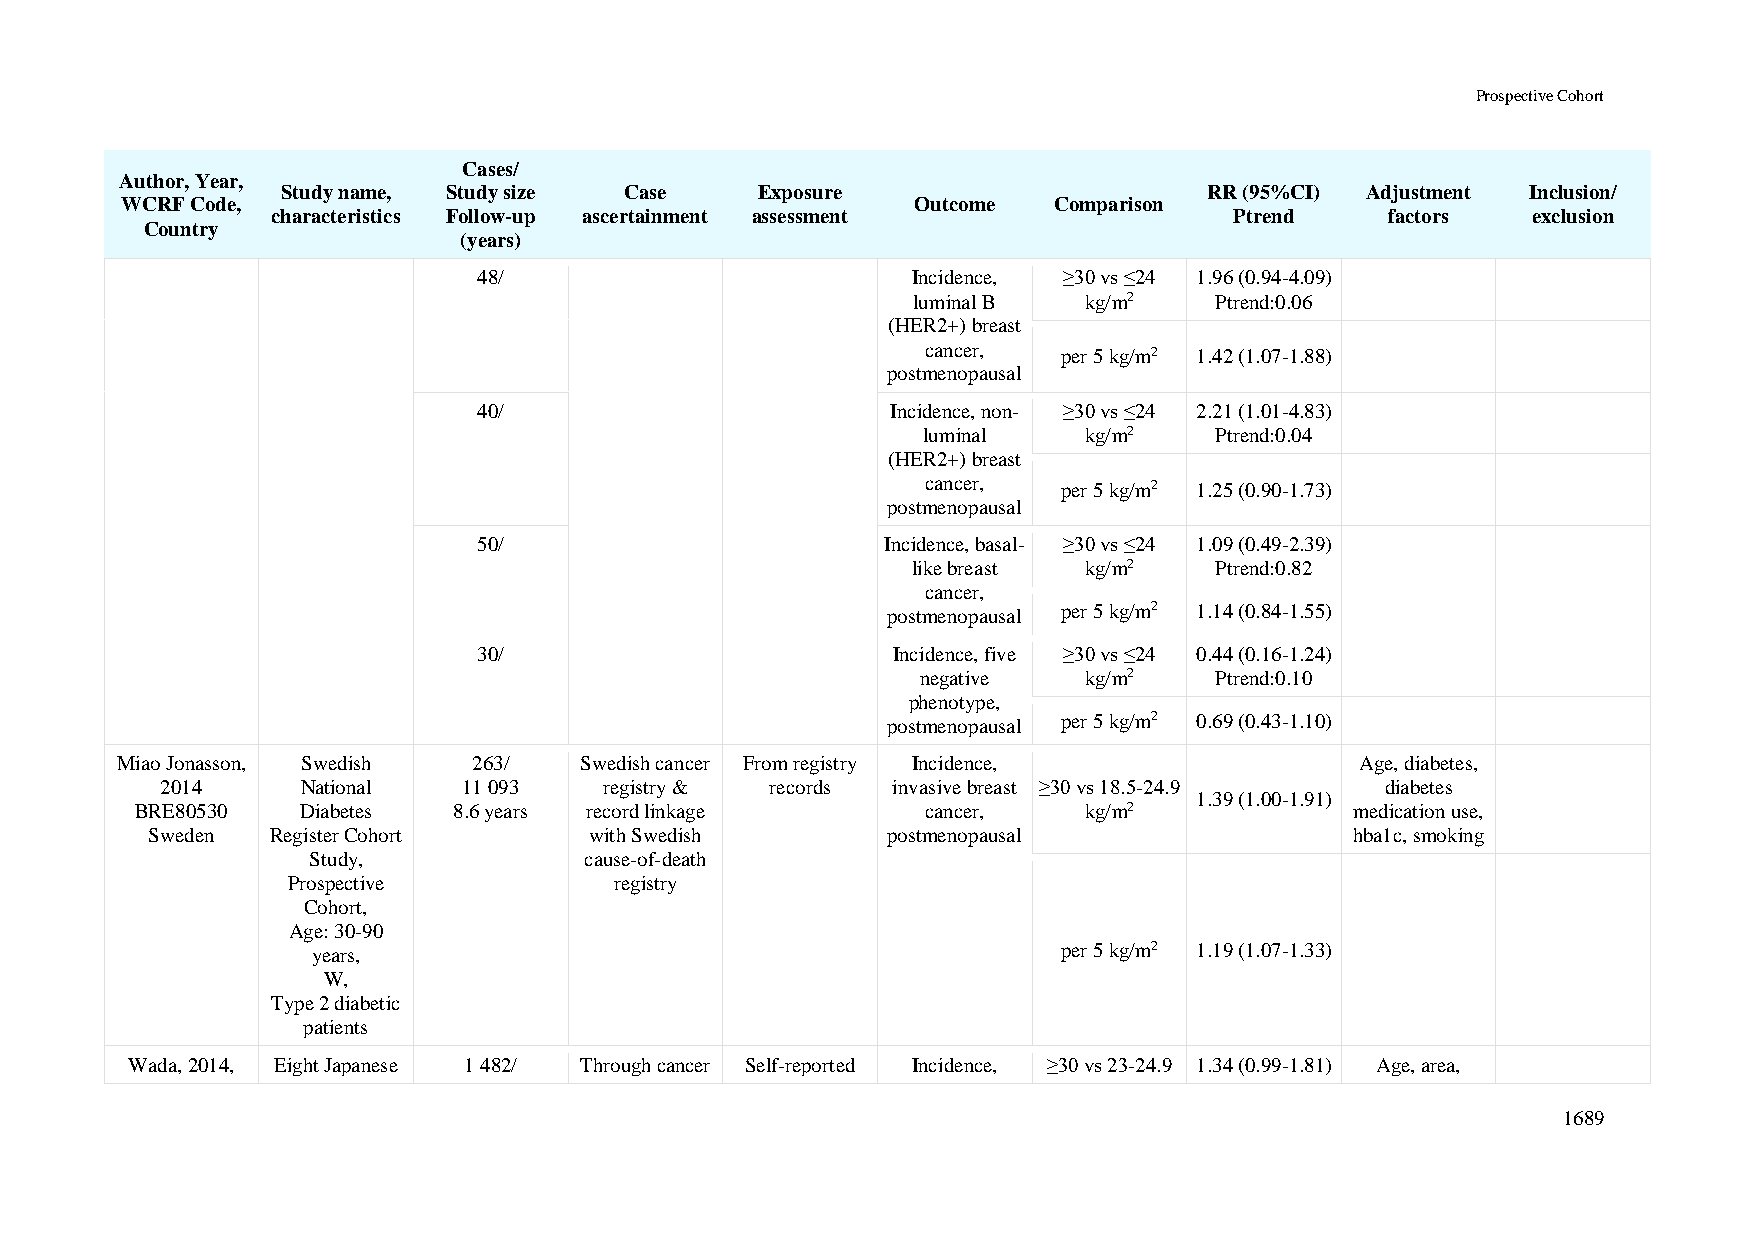
Prospective Cohort
 Cases/
 Author, Year,
 Study name, Study size Case    Exposure                      RR (95%CI) Adjustment Inclusion/
 WCRF Code,                                           Outcome  Comparison
 characteristics Follow-up ascertainment assessment              Ptrend    factors  exclusion
 Country
 (years)
 48/                         Incidence, ≥30 vs ≤24 1.96 (0.94-4.09)
 luminal B   kg/m2   Ptrend:0.06
 (HER2+) breast
 cancer,  per 5 kg/m2 1.42 (1.07-1.88)
 postmenopausal
 40/                        Incidence, non- ≥30 vs ≤24 2.21 (1.01-4.83)
 luminal    kg/m2   Ptrend:0.04
 (HER2+) breast
 cancer,  per 5 kg/m2 1.25 (0.90-1.73)
 postmenopausal
 50/                        Incidence, basal- ≥30 vs ≤24 1.09 (0.49-2.39)
 like breast kg/m2   Ptrend:0.82
 cancer,
 postmenopausal per 5 kg/m2 1.14 (0.84-1.55)
 30/                        Incidence, five ≥30 vs ≤24 0.44 (0.16-1.24)
 negative   kg/m2   Ptrend:0.10
 phenotype,
 postmenopausal per 5 kg/m2 0.69 (0.43-1.10)
 Miao Jonasson, Swedish 263/   Swedish cancer From registry Incidence,             Age, diabetes,
 2014     National   11 093   registry & records invasive breast ≥30 vs 18.5-24.9 diabetes
 1.39 (1.00-1.91)
 BRE80530   Diabetes  8.6 years record linkage       cancer,    kg/m2             medication use,
 Sweden  Register Cohort      with Swedish        postmenopausal                 hba1c, smoking
 Study,             cause-of-death
 Prospective           registry
 Cohort,
 Age: 30-90
 years,                                           per 5 kg/m2 1.19 (1.07-1.33)
 W,
 Type 2 diabetic
 patients
 Wada, 2014, Eight Japanese 1 482/ Through cancer Self-reported Incidence, ≥30 vs 23-24.9 1.34 (0.99-1.81) Age, area,
 1689